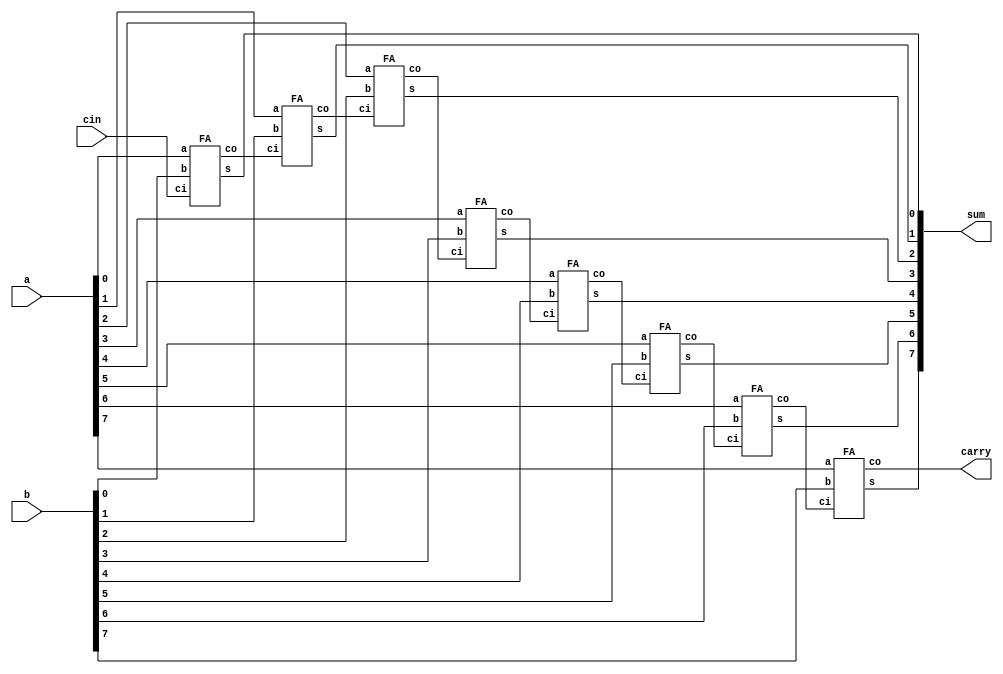
//8-bit Ripple Carry Adder for CO Demo
module ripple_carry_adder (sum,carry,a,b,cin);
output [7:0] sum;
output carry;
input [7:0] a;
input [7:0] b;
input cin;
wire [6:0] c;
// 8 instances of individual full adder blocks
FA FA0 (.s(sum[0]),.co(c[0]),.a(a[0]),.b(b[0]),.ci(cin));
FA FA1 (.s(sum[1]),.co(c[1]),.a(a[1]),.b(b[1]),.ci(c[0]));
FA FA2 (.s(sum[2]),.co(c[2]),.a(a[2]),.b(b[2]),.ci(c[1]));
FA FA3 (.s(sum[3]),.co(c[3]),.a(a[3]),.b(b[3]),.ci(c[2]));
FA FA4 (.s(sum[4]),.co(c[4]),.a(a[4]),.b(b[4]),.ci(c[3]));
FA FA5 (.s(sum[5]),.co(c[5]),.a(a[5]),.b(b[5]),.ci(c[4]));
FA FA6 (.s(sum[6]),.co(c[6]),.a(a[6]),.b(b[6]),.ci(c[5]));
FA FA7 (.s(sum[7]),.co(carry),.a(a[7]),.b(b[7]),.ci(c[6]));
endmodule
// module declaration for FA.
module FA (s,co,a,b,ci);
output s,co;
input a,b,ci;
wire ps,pc0,pc1;
//2 instances of individual half adders
HA HA0 (.ip1(a),.ip2(b),.hs(ps),.hc(pc0));
HA HA1 (.ip1(ps),.ip2(ci),.hs(s),.hc(pc1));
or (co,pc0,pc1);
endmodule
module HA (ip1,ip2,hs,hc);
output hs,hc;
input ip1,ip2;
xor (hs,ip1,ip2);
and (hc,ip1,ip2);
endmodule
// Test bench for Full Adder
module testbench;
wire [7:0] sum;
wire carry;
reg cin;
reg [7:0] a;
reg [7:0] b;
ripple_carry_adder r1 (.sum(sum),.carry(carry),.a(a),.b(b),.cin(cin));
initial begin
$dumpfile("testbench.vcd");
 $dumpvars(0,testbench);
a= 8'b0; b= 8'b0; cin=1'b1;
#5 //Delay of 5 clock cycles.
a= 8'b00001111; b= 8'b00000010; cin=1'b1;
#5
a= 8'b01010101; b= 8'b10101010; cin=1'b0; 
#5
a= 8'b11111111; b= 8'b00001111; cin=1'b0;
end
initial $monitor ($time, " Sum = %d",sum, " Carry = %d",carry);
endmodule